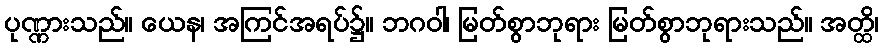
ပုဏ္ဏားသည်။ ယေန၊ အကြင်အရပ်၌။ ဘဂဝါ၊ မြတ်စွာဘုရား မြတ်စွာဘုရားသည်။ အတ္ထိ၊